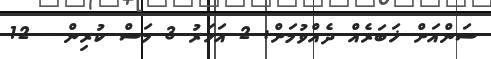
ސަންއަށް ޚަބަރެއް ދެއްވުމަށް: 2 އަހަރު 3 މަސް ކުރިން - 12